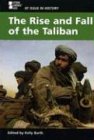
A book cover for At Issue in History - The Rise and Fall of the Taliban (hardcover edition); Teen & Young Adult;